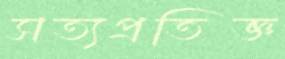
সত্যপ্রতিজ্ঞ